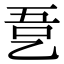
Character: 㐚